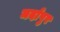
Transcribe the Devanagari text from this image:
मर्दापुर